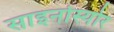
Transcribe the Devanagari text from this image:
साइनोस्योर